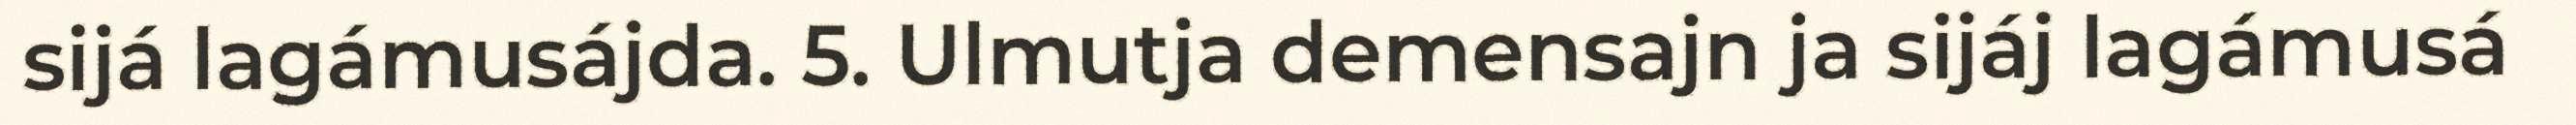
sijá lagámusájda. 5. Ulmutja demensajn ja sijáj lagámusá